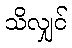
သိလျှင်